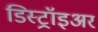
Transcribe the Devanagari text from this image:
डिस्ट्रॉइअर